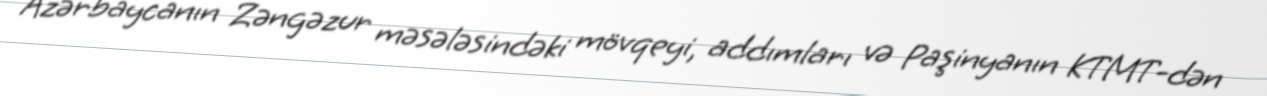
Azərbaycanın Zəngəzur məsələsindəki mövqeyi, addımları və Paşinyanın KTMT-dən